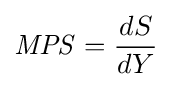
{\mathit {MPS}}={\frac {dS}{dY}}